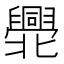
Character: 𠤫